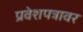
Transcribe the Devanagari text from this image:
प्रवेशपत्रावर